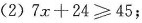
(2)$$7 x + 24 ≥ 45$$;